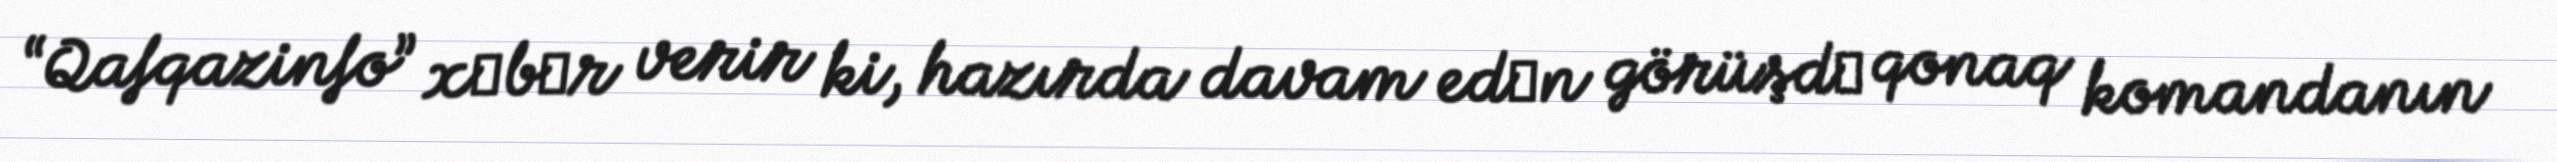
“Qafqazinfo” xәbәr verir ki, hazırda davam edәn görüşdә qonaq komandanın